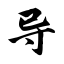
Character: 导